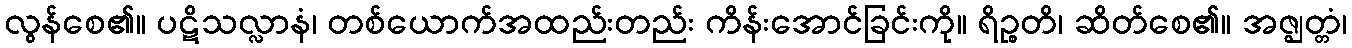
လွန်စေ၏။ ပဋိသလ္လာနံ၊ တစ်ယောက်အထည်းတည်း ကိန်းအောင်ခြင်းကို။ ရိဉ္စတိ၊ ဆိတ်စေ၏။ အဇ္ဈတ္တံ၊